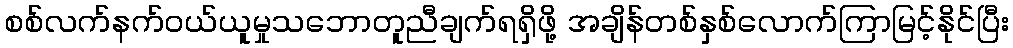
စစ်လက်နက်ဝယ်ယူမှုသဘောတူညီချက်ရရှိဖို့ အချိန်တစ်နှစ်လောက်ကြာမြင့်နိုင်ပြီး